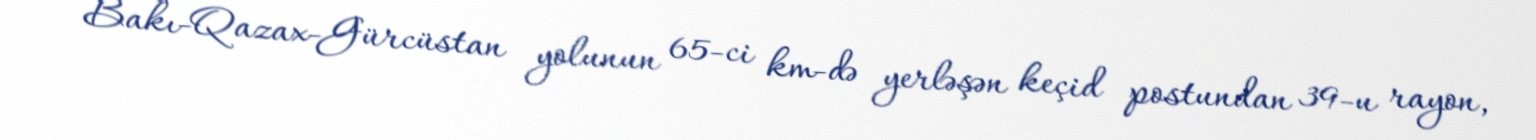
- Bakı-Qazax-Gürcüstan yolunun 65-ci km-də yerləşən keçid postundan 39-u rayon,